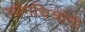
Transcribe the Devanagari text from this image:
व्यंगचित्रांनी